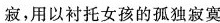
寂，用以衬托女孩的孤独寂寞